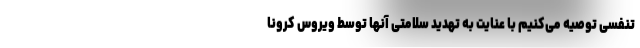
تنفسی توصیه می‌کنیم با عنایت به تهدید سلامتی آنها توسط ویروس کرونا